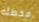
مخطئه